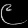
Digit: ၉